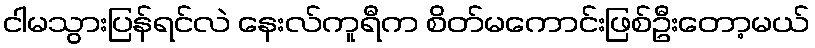
ငါမသွားပြန်ရင်လဲ နေးလ်ကူရီက စိတ်မကောင်းဖြစ်ဦးတော့မယ်